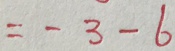
= - 3 - 6